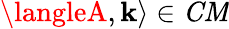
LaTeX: \langleA,\mathbf{k}\rangle\in{\mathit{{CM}}}